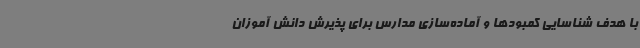
با هدف شناسایی کمبودها و آماده‌سازی مدارس برای پذیرش دانش آموزان